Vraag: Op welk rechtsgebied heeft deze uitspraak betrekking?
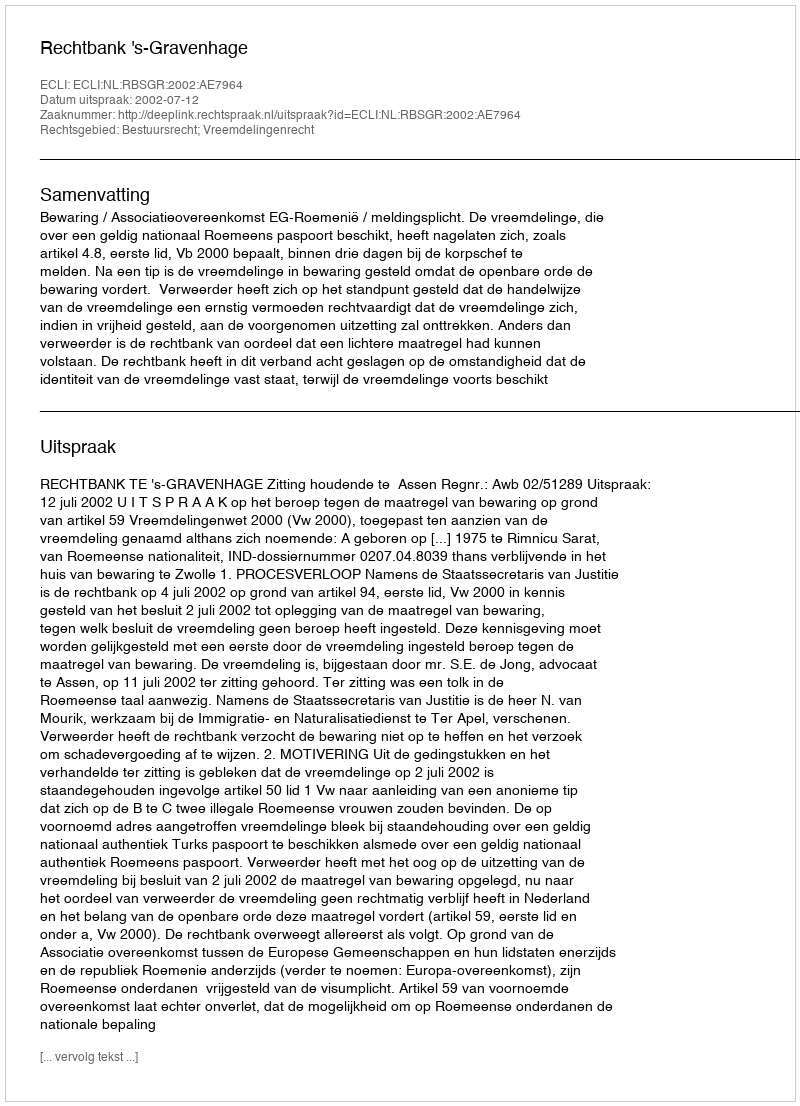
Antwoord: Bestuursrecht; Vreemdelingenrecht